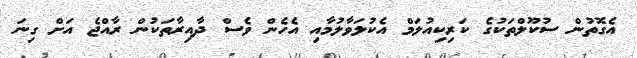
އެގޮތުން ސުކޫލްތަކުގެ ކަރިކިއުލަމް އެކުލަވާލުމާއި އެހެން ވެސް ދާއިރާތަކުން ރާއްޖެ އަށް ގިނަ